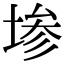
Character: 𫮅